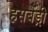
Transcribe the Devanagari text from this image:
हसबेंड्री